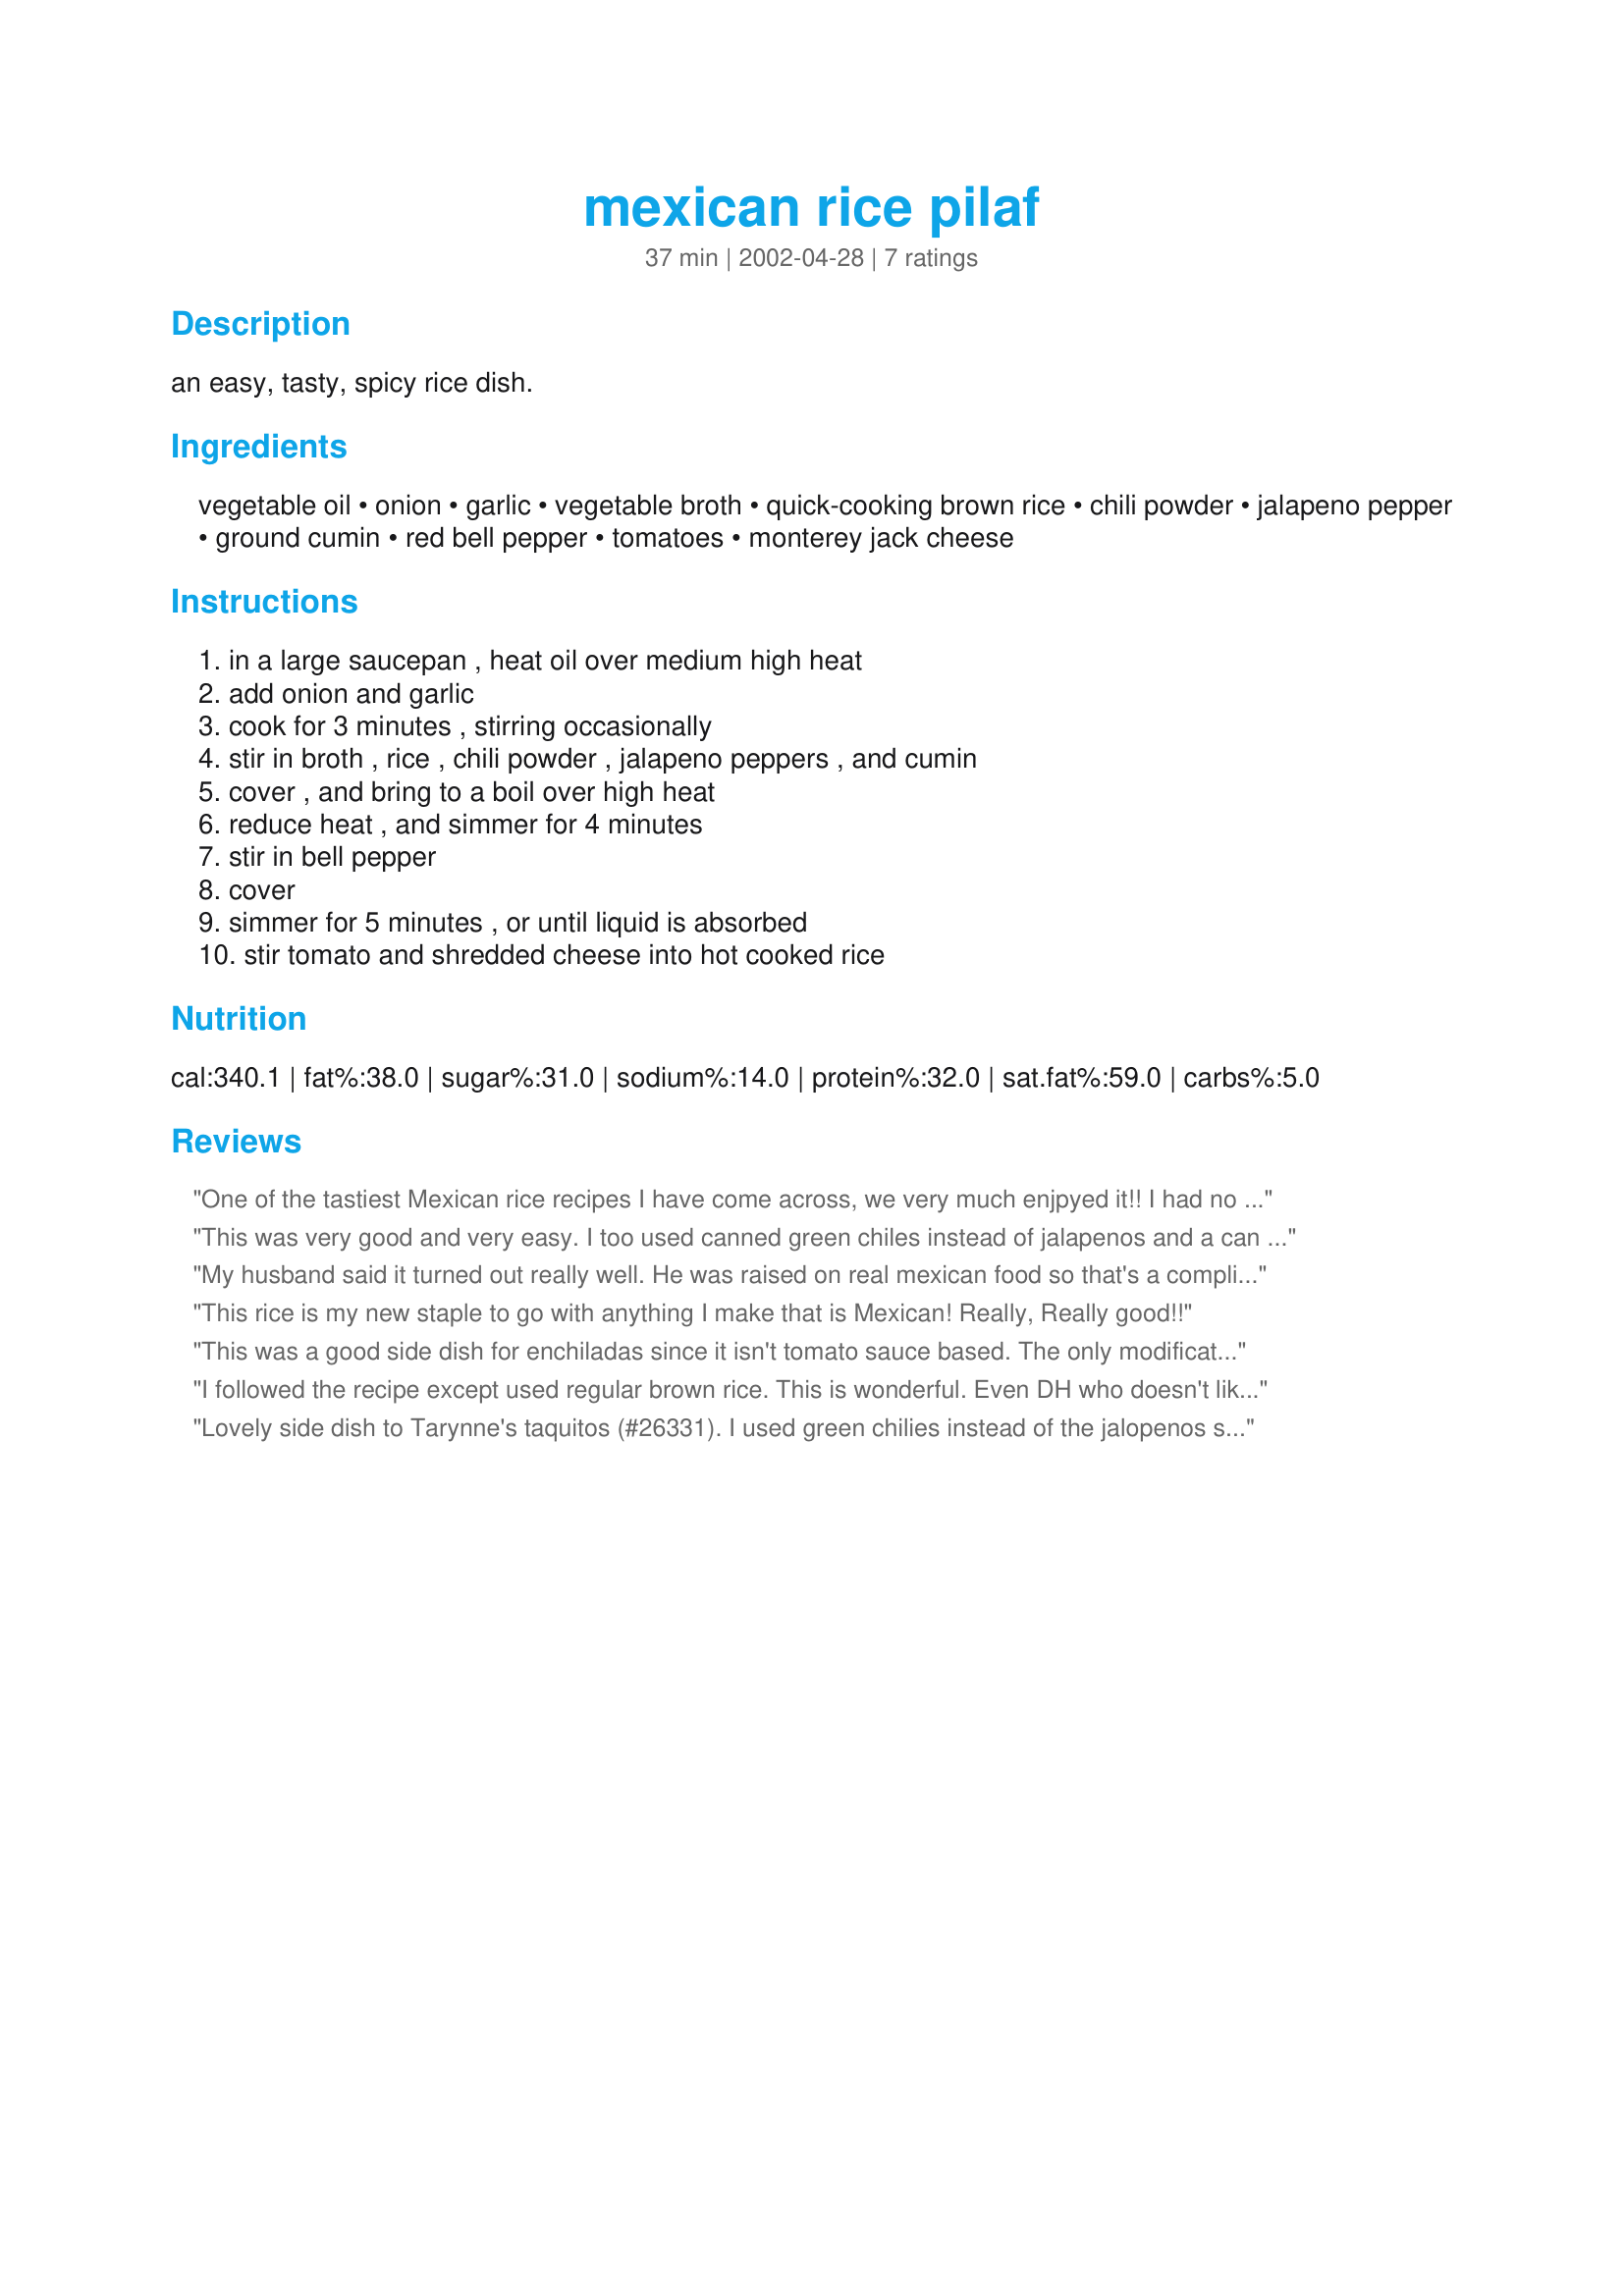
mexican rice pilaf
Preparation time: 37 minutes

an easy, tasty, spicy rice dish.

Ingredients:
vegetable oil, onion, garlic, vegetable broth, quick-cooking brown rice, chili powder, jalapeno pepper, ground cumin, red bell pepper, tomatoes, monterey jack cheese

Steps:
in a large saucepan , heat oil over medium high heat, add onion and garlic, cook for 3 minutes , stirring occasionally, stir in broth , rice , chili powder , jalapeno peppers , and cumin, cover , and bring to a boil over high heat, reduce heat , and simmer for 4 minutes, stir in bell pepper, cover, simmer for 5 minutes , or until liquid is absorbed, stir tomato and shredded cheese into hot cooked rice

Reviews:
One of the tastiest Mexican rice recipes I have come across, we very much enjpyed it!! I had no jalapeno peppers in, but did have some jalapeno havarti cheese, so used extra green bell pepper, (had no red), with the jalapeno cheese. Turned out wonderful !! Thanks for posting!
This was very good and very easy. I too used canned green chiles instead of jalapenos and a can of diced tomatoes instead of the fresh tomato. Medium spicy in my opinion. Delicious! Will definitely use again!
My husband said it turned out really well. He was raised on real mexican food so that's a compliment. I didn't add the jalapeno pepper due to little ones and I was worried it would make it too spicy. The tomato and cheese I just left out. It was still really good. I'll definately make this again. It was so fast thanks to the instant brown rice which is all I have in my cupboard.
This rice is my new staple to go with anything I make that is Mexican! Really, Really good!!
This was a good side dish for enchiladas since it isn't tomato sauce based. 

The only modifications I made were leaving out the jalapeno and tomato and I used less chili powder (so the kids would eat it). I also had to increase the amount of broth since my quick brown rice called a higher ratio of water to rice. 

My husband really liked this dish and went back for a huge helping of seconds. I thought it was pretty good but not my favorite - the cheese gave it good flavor but then the rice was kind-of gooey.
I followed the recipe except used regular brown rice. This is wonderful. Even DH who doesn't like rice, asked for more. The second time I made this was for stuffed peppers. The extra spice dressed it up nicely.
Lovely side dish to Tarynne's taquitos (#26331). I used green chilies instead of the jalopenos since I was serving other spicey foods with it. This will be served often at my mexican dinner table.
